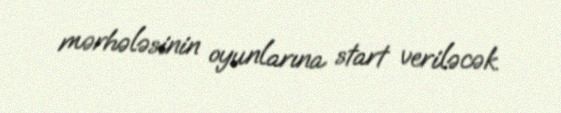
mərhələsinin oyunlarına start veriləcək.